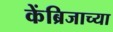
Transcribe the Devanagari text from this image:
केंब्रिजाच्या